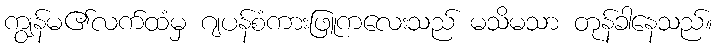
ကျွန်မ၏လက်ထံမှ ဂျပန်စံကားဖြူကလေးသည် မသိမသာ တုန်ခါနေသည်။